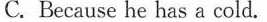
C. Because he has a cold.